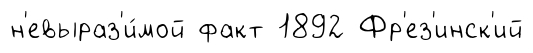
н'евыраз'и́мой факт 1892 Фр'ез'инск'ий